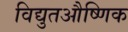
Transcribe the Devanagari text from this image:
विद्युतऔष्णिक